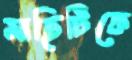
মাছিটিকে